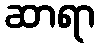
ဆာရာ